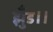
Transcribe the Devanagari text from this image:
झुँड।।